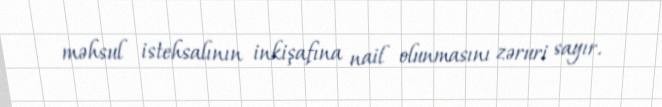
məhsul istehsalının inkişafına nail olunmasını zəruri sayır.